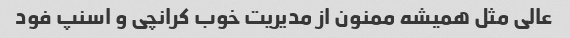
عالی مثل همیشه ممنون از مدیریت خوب کرانچی و اسنپ فود